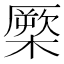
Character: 橜